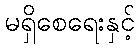
မရှိစေရေးနှင့်